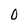
Character: 0